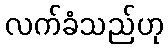
လက်ခံသည်ဟု